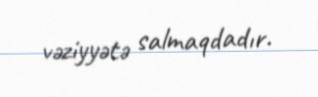
vəziyyətə salmaqdadır.